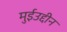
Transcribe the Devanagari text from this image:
मुईउद्दीन